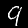
Digit: 9